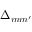
\Delta _ { m m ^ { \prime } }